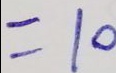
= 1 0